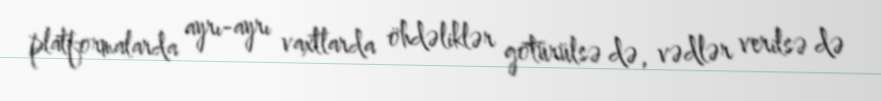
platformalarda ayrı-ayrı vaxtlarda öhdəliklər götürülsə də, vədlər verilsə də